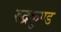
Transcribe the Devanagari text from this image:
रुद्रकुण्ड